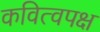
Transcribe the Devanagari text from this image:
कवित्वपक्ष